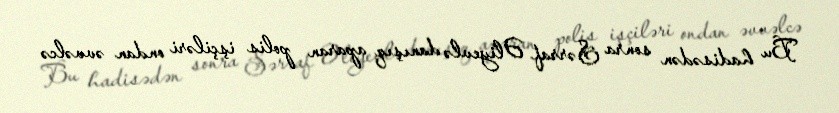
Bu hadisədən sonra Sərraf Əliyevlə danışıq aparan polis işçiləri ondan əvvəlcə